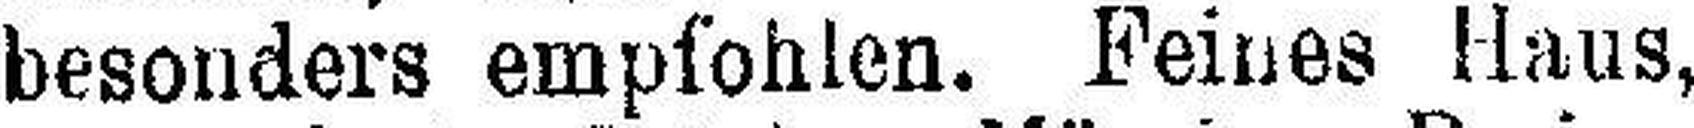
besonders empfohlen. Feines Haus,